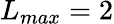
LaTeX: L_{max}=2